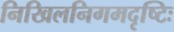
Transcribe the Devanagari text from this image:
निखिलनिगमदृष्टिः